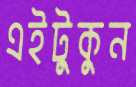
এইটুকুন